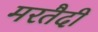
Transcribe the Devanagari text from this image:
मरतैदी